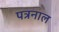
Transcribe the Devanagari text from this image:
पत्रनाल